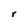
Character: r